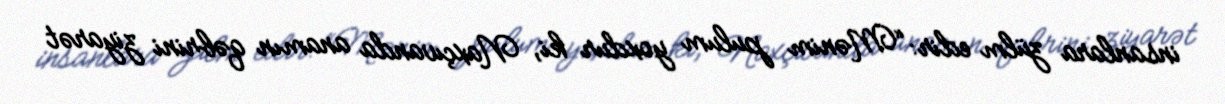
insanlara zülm edir: “Mənim pulum yoxdur ki, Naxçıvanda anamın qəbrini ziyarət